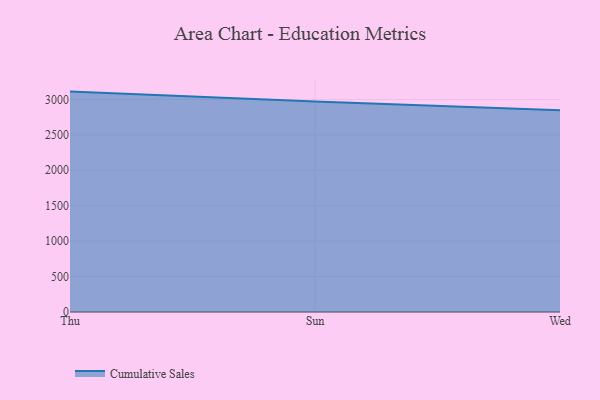
{"axis": {"x": "Day", "y": "Humidity (%)"}, "legend": ["Cumulative Sales"], "data": [{"x": "Thu", "y": 3110.3, "type": "Cumulative Sales"}, {"x": "Sun", "y": 2969.2, "type": "Cumulative Sales"}, {"x": "Wed", "y": 2846.1, "type": "Cumulative Sales"}]}